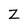
Character: Z